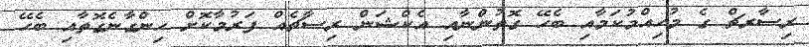
ރިސާރޗް ގެ މުހިއްމުކަމާއި ބެހޭ ގޮތުންނާއި އެކްޝަން ރިސާޗެއް ފަރުމާކޮށް ހިންގާނެގޮތާއި ބެހޭ